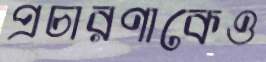
প্রচারণাকেও